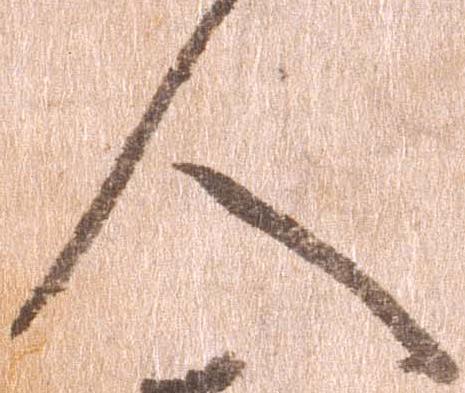
人